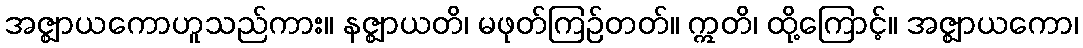
အဇ္ဈာယကောဟူသည်ကား။ နဇ္ဈာယတိ၊ မဖုတ်ကြဉ်တတ်။ ဣတိ၊ ထို့ကြောင့်။ အဇ္ဈာယကော၊